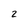
Character: 2